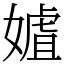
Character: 㜘